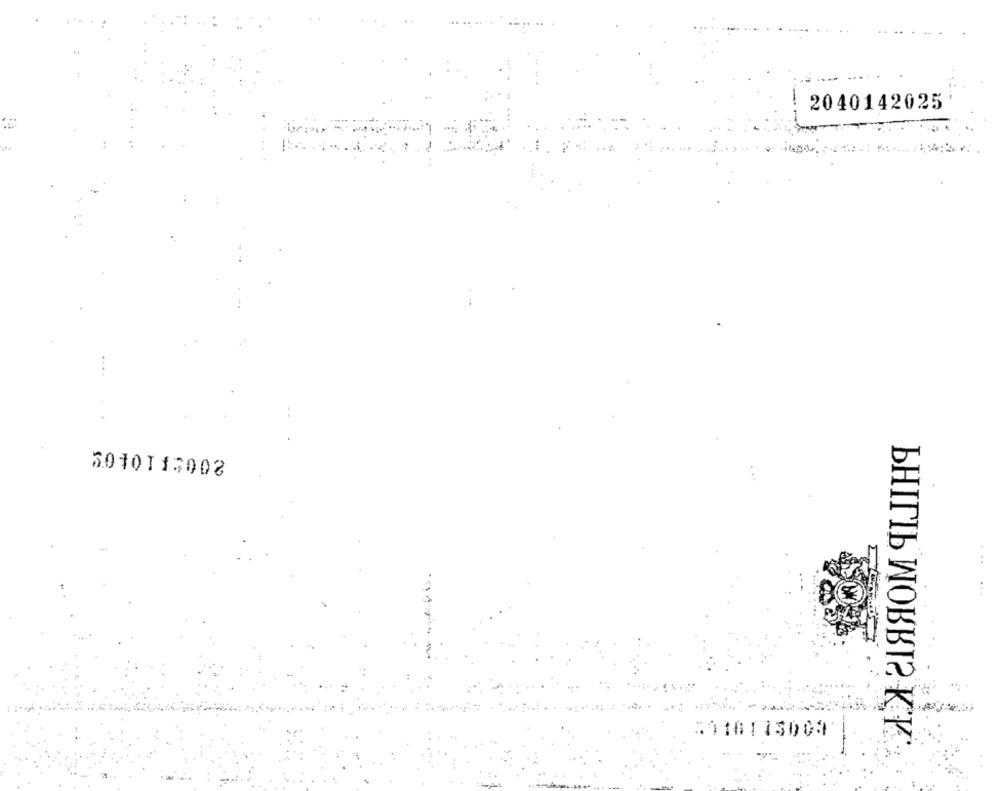
-
2040142025
50101 1:003
2010115003
bHITIb WOBER KY